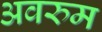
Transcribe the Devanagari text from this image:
अवरुम